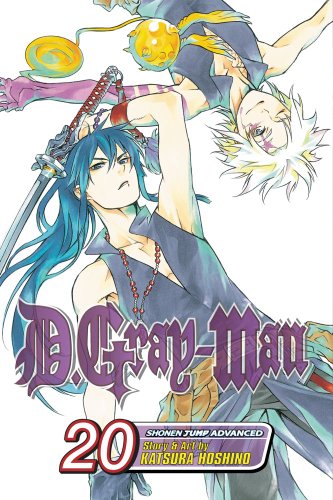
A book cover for D. Gray-Man, Vol. 20; Katsura Hoshino; Comics & Graphic Novels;